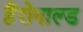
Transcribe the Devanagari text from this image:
हैंरोनाल्ड